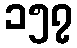
၁၅၇